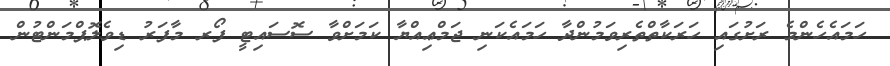
ހަމައެހެންމެ ރަށުގައި ހަރަކާތްތެރިވަމުންދާ ހަމައެކަނި ޖަމްޢިއްޔާ ކަމަށްވާ ސޮސައިޓީ ފޯރ މާފަރު ޑިވެލޮޕްމަންޓުން